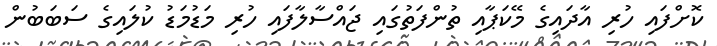
ކޮށްފައި ހުރި އާދައިގެ މޭކަޕާއި ތުންފަތުގައި ޖައްސާލާފައި ހުރި މަޑުމަޑު ކުލައިގެ ސަބަބުން